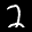
Label: 2